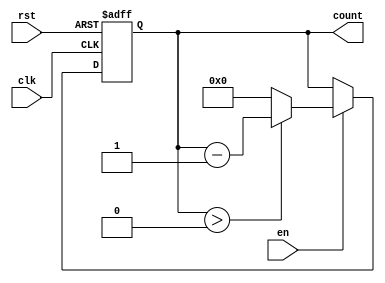
module down_counter (
    input wire clk,        // Clock signal
    input wire rst,        // Asynchronous reset signal
    input wire en,        // Enable signal
    output reg [3:0] count // 4-bit count output
);

    // Define the maximum value for a 4-bit counter
    localparam MAX_COUNT = 4'b1111;

    // Asynchronous reset and synchronous counting
    always @(posedge clk or posedge rst) begin
        if (rst) begin
            // Reset the counter to the maximum value
            count <= MAX_COUNT;
        end else if (en) begin
            // Decrement the counter if enabled
            if (count > 0) begin
                count <= count - 1;
            end else begin
                // Hold at zero (comment this part if wrap-around is desired)
                count <= 0;
                // Uncomment the next line for wrap-around behavior
                // count <= MAX_COUNT; // Uncomment for wrap-around
            end
        end
    end

    // Initialize count
    initial begin
        count = MAX_COUNT; // Start at maximum value
    end

endmodule